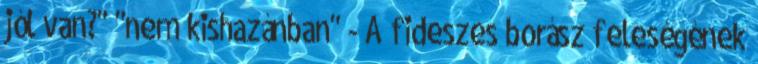
jól van?" "nem kishazánban" - A fideszes borász feleségének